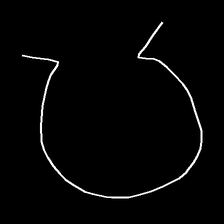
Glyph: weave